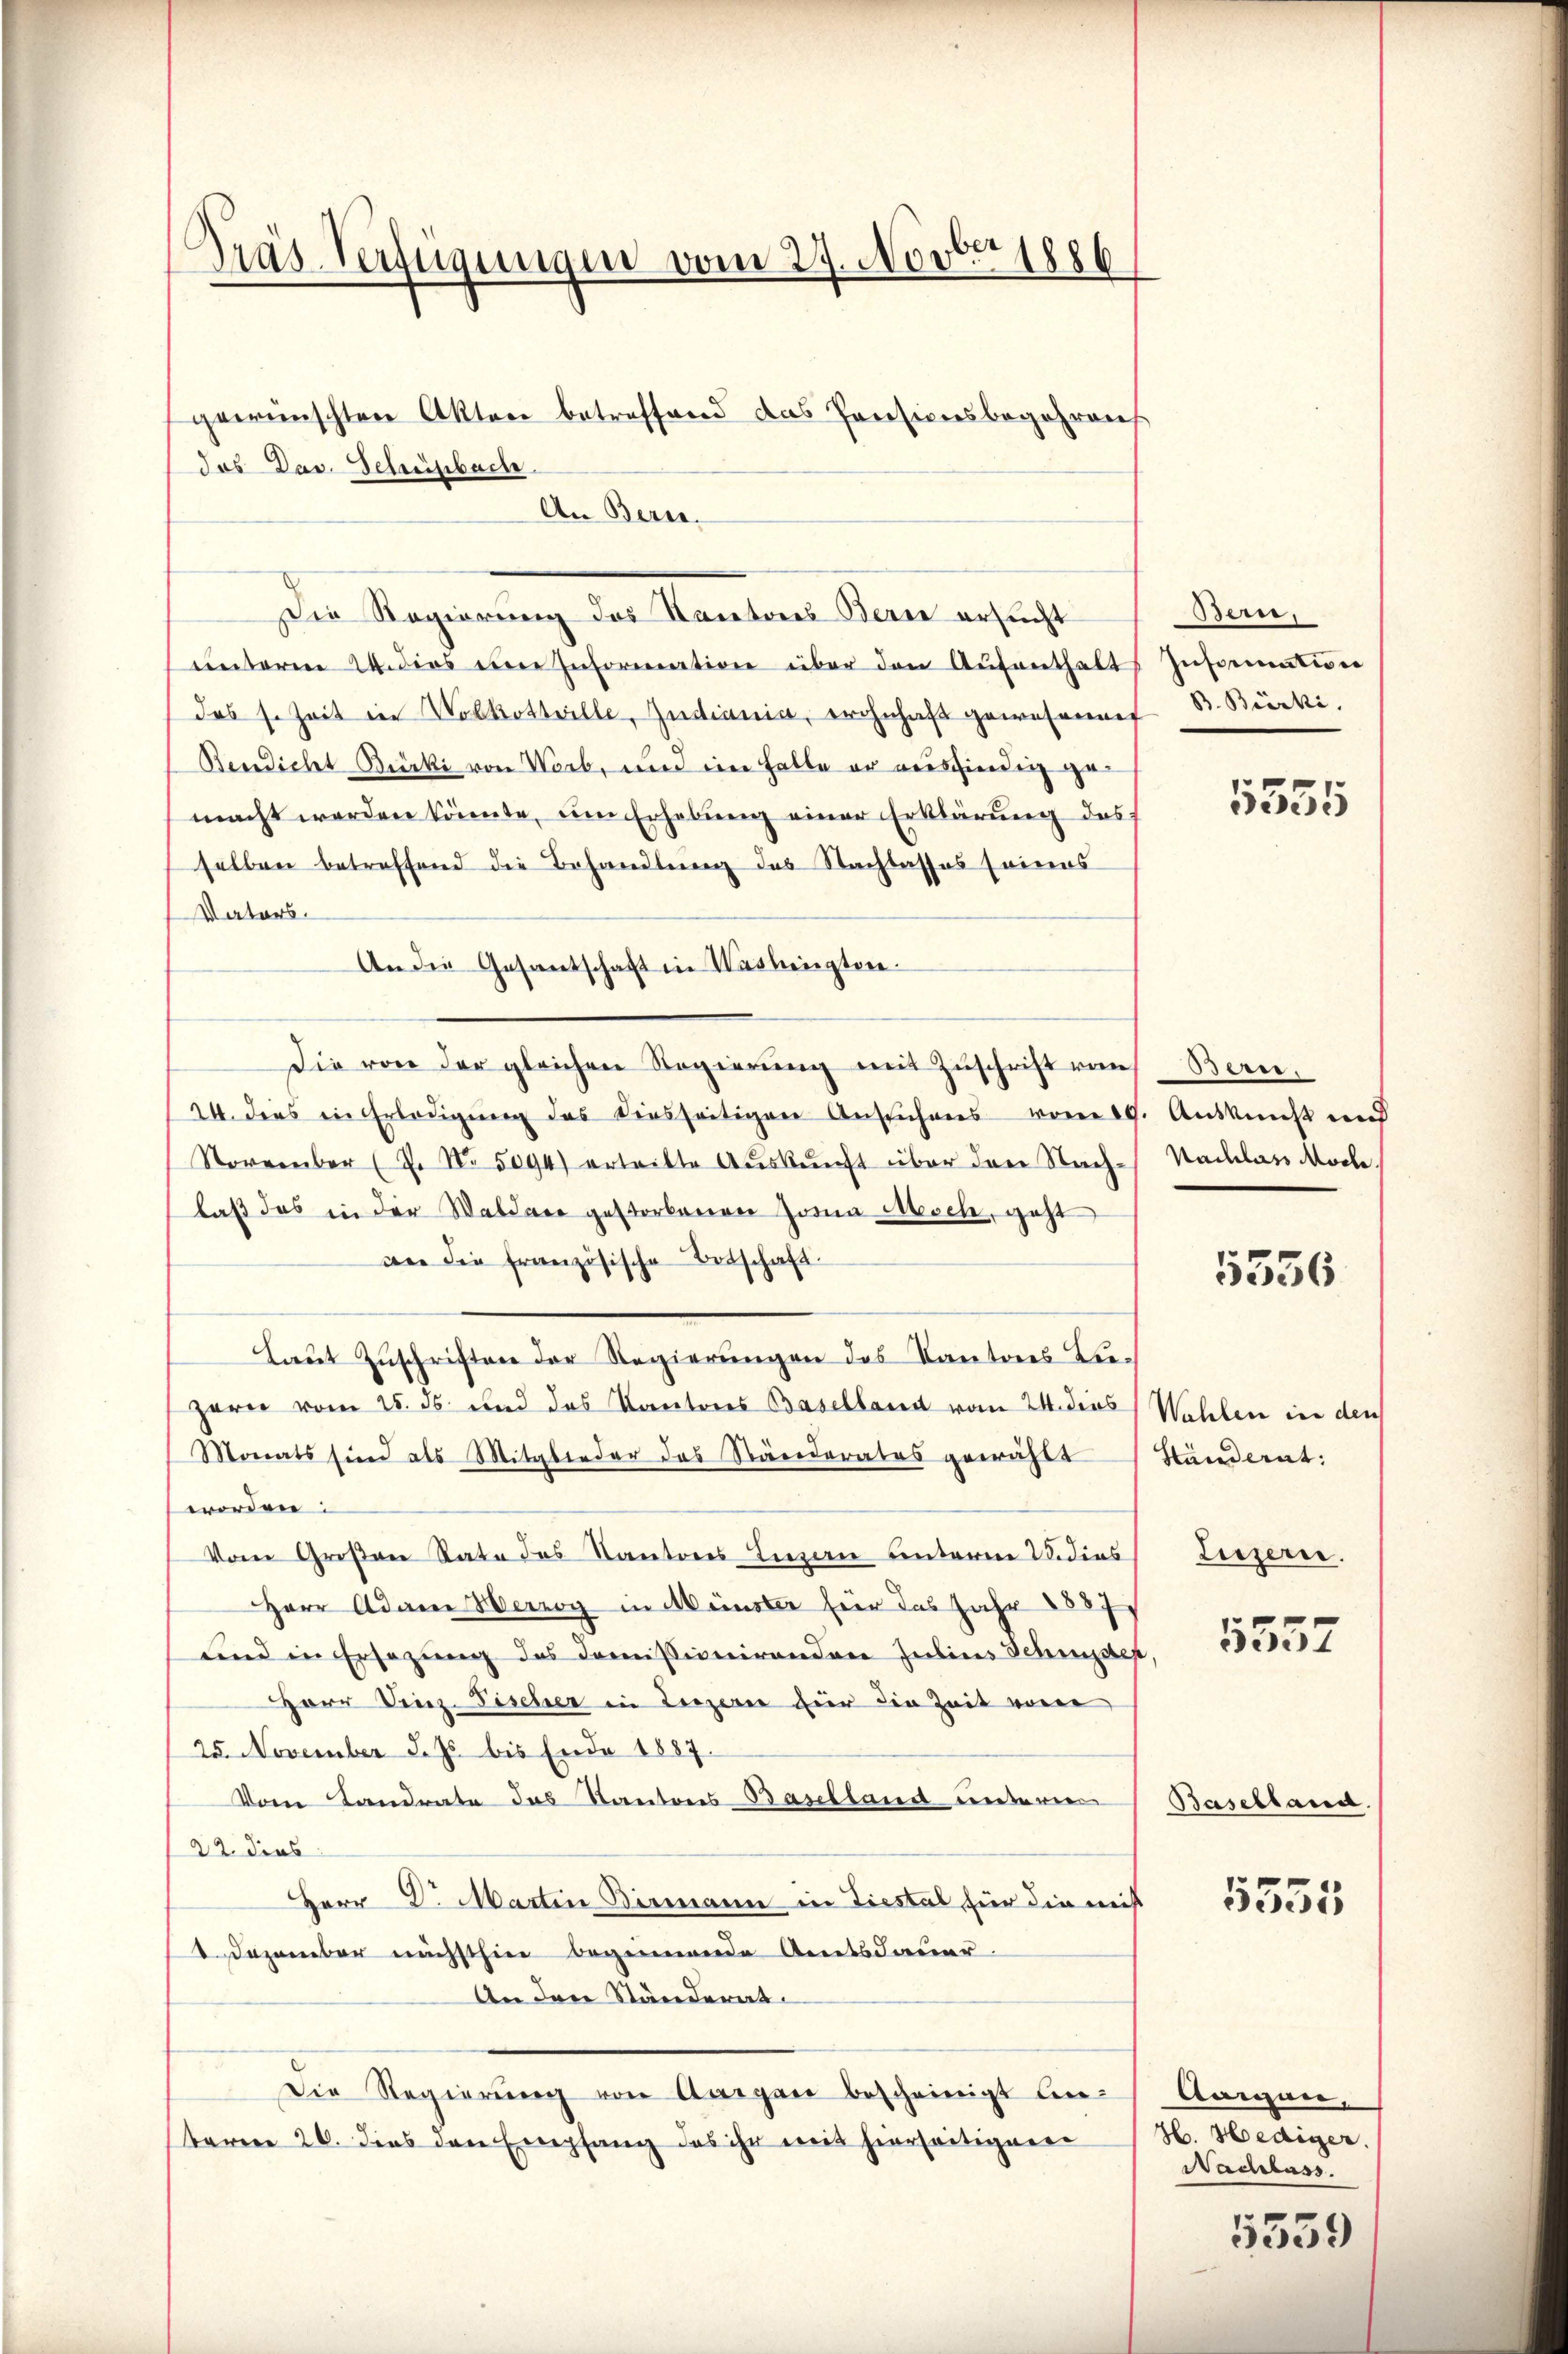
Präs. Verfügungen vom 29. Novber 1886
gewünschten Akten betreffend das Preesionsbegehrens
das Dav. Schreisbache.

An Beri

Die Regierung des Kantons Berne ersucht

unterm 24. dies eine Information über den Aufenthalt
das s. Zeit in Wolkotteille, Indiania, wohnhaft gewesene B. Bürki
Bendicht Bürki von Warb, und ein Halle er ausgiendig gemacht werden könnte, um Erhebung einer Erklärung des
selben betreffend die Behandlung des Nachlasses seines
Vaters.
An die Gesantschaft in Washingten.
Die von der gleichen Regierung mit Zuschrift von Bern,
24. dies in Erledigung des diesseitigen Ansuchens vom 19. Auskunft und
November (7. No. 5094) ertritte Aŭskŭnft über drei Nach- Nachlass Morde
laß das in der Waldare gestorbenen Jona Mesch, geht
an die französische Botschaft.
Laut Zuschriften der Regierungen des Kantons Liezern vom 15. ds und das Kantons Baselland vom 24. dies
Monats sind als Mitglieder das Ränderates gewählt Hundent:
worden:
Vom Großen Rate des Kantons Innen unterm 2. dies Liezeren.
Herr Adame Herzog in Münster für das Jahr 1887
Lnd in Ersezung des Comissionirenden Julius Schnisser
Herr Vinz. Fischer in Luzern für die Zeit von
25. November d. Js. bis Ende 1887.
Vom Landrate das Kantons Baselland unteren
22. dies
Herr Dr. Martin Biermann in Tiestal für die mit
1 Dezember nächsthin beginnende Amtsdauer
An den Ständerat
Die Regierŭng von Aargau bescheinigt an-
teren 26. dies den Empfang das ihn weit hierseitigenen

Bern,
Insinuation

5355

5356

Wahlen in den

5552

Baselland.

1555

Raron,
H. Hediger.
Nachlass

5559